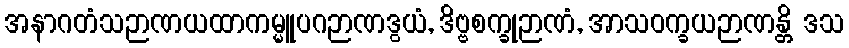
အနာဂတံသဉာဏယထာကမ္မူပဂဉာဏဒွယံ, ဒိဗ္ဗစက္ခုဉာဏံ, အာသဝက္ခယဉာဏန္တိ ဒသ